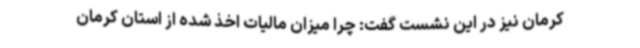
کرمان نیز در این نشست گفت: چرا میزان مالیات اخذ شده از استان کرمان